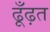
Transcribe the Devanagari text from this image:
ढूँढ़त